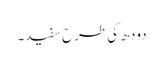
دودھ کی طرح سفید۔